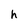
Character: h